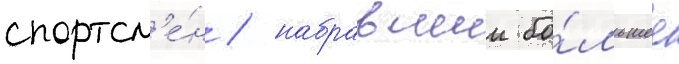
спортсм'е́н / набравшии бо́льшее